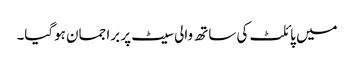
میں پائلٹ کی ساتھ والی سیٹ پر برا جمان ہوگیا۔